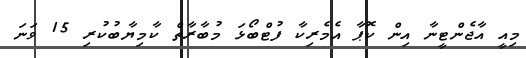
މިއީ އާޖެންޓީނާ އިން ކޮޕާ އެމެރިކާ ފުޓްބޯޅަ މުބާރާތް ކާމިޔާބުކުރި 15 ވަނަ